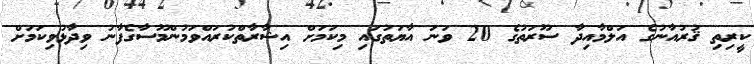
ކީރިތި ޤުރުއާނުގެ އަލްމާއިދާ ސޫރަތުގެ 20 ވަނަ އާޔަތުގައި މިކަމަށް އިޝާރާތްކުރައްވަމުންމޫސާގެފާނު ވިދާޅުވިކަމަށް